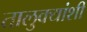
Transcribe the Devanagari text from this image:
तालुक्यांशी